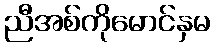
ညီအစ်ကိုမောင်နှမ